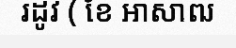
រដូវ ( ខែ អាសាឍ